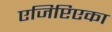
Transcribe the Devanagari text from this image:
एजिप्टिएका